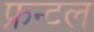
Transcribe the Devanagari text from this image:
फ्रन्‍टल